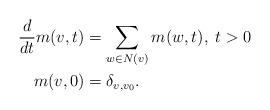
LaTeX: \begin{align*}\frac{d}{dt} m(v, t) &= \sum_{w \in N(v)} m(w, t), \; t>0\\m(v, 0) &= \delta_{v, v_0}.\end{align*}